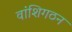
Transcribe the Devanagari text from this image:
वांशिगठन